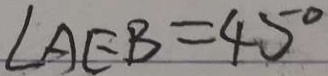
\angle A E B = 4 5 ^ { \circ }